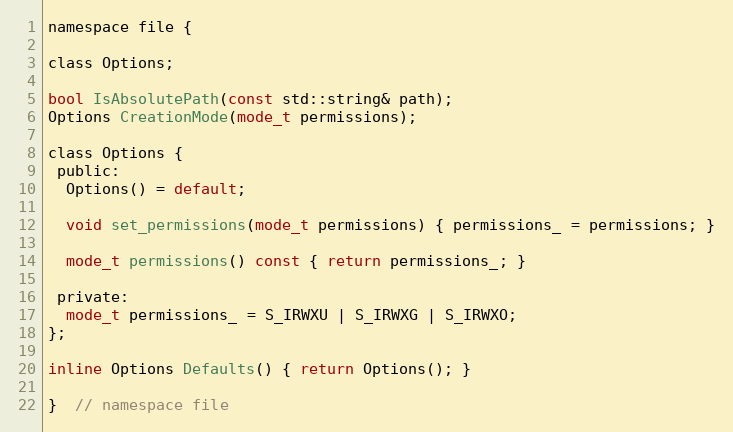
Language: C
namespace file {

class Options;

bool IsAbsolutePath(const std::string& path);
Options CreationMode(mode_t permissions);

class Options {
 public:
  Options() = default;

  void set_permissions(mode_t permissions) { permissions_ = permissions; }

  mode_t permissions() const { return permissions_; }

 private:
  mode_t permissions_ = S_IRWXU | S_IRWXG | S_IRWXO;
};

inline Options Defaults() { return Options(); }

}  // namespace file